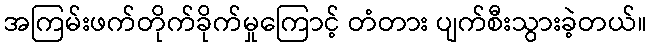
အကြမ်းဖက်တိုက်ခိုက်မှုကြောင့် တံတား ပျက်စီးသွားခဲ့တယ်။